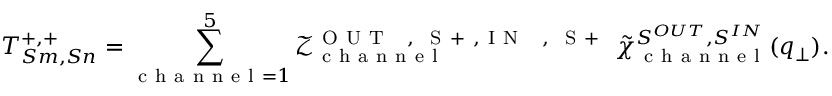
T _ { S m , S n } ^ { + , + } = \sum _ { \mathrm { ~ c ~ h ~ a ~ n ~ n ~ e ~ l ~ } = 1 } ^ { 5 } \mathcal { Z } _ { \mathrm { ~ c ~ h ~ a ~ n ~ n ~ e ~ l ~ } } ^ { \mathrm { ~ O ~ U ~ T ~ \phantom { ~ } { ~ , ~ } ~ S ~ + ~ } , \mathrm { ~ I ~ N ~ \phantom { ~ } { ~ , ~ } ~ S ~ + ~ } } \; \tilde { \chi } _ { \mathrm { ~ c ~ h ~ a ~ n ~ n ~ e ~ l ~ } } ^ { S ^ { O U T } , S ^ { I N } } ( q _ { \perp } ) .